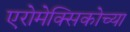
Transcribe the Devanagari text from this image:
एरोमेक्सिकोच्या